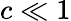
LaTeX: c\ll 1